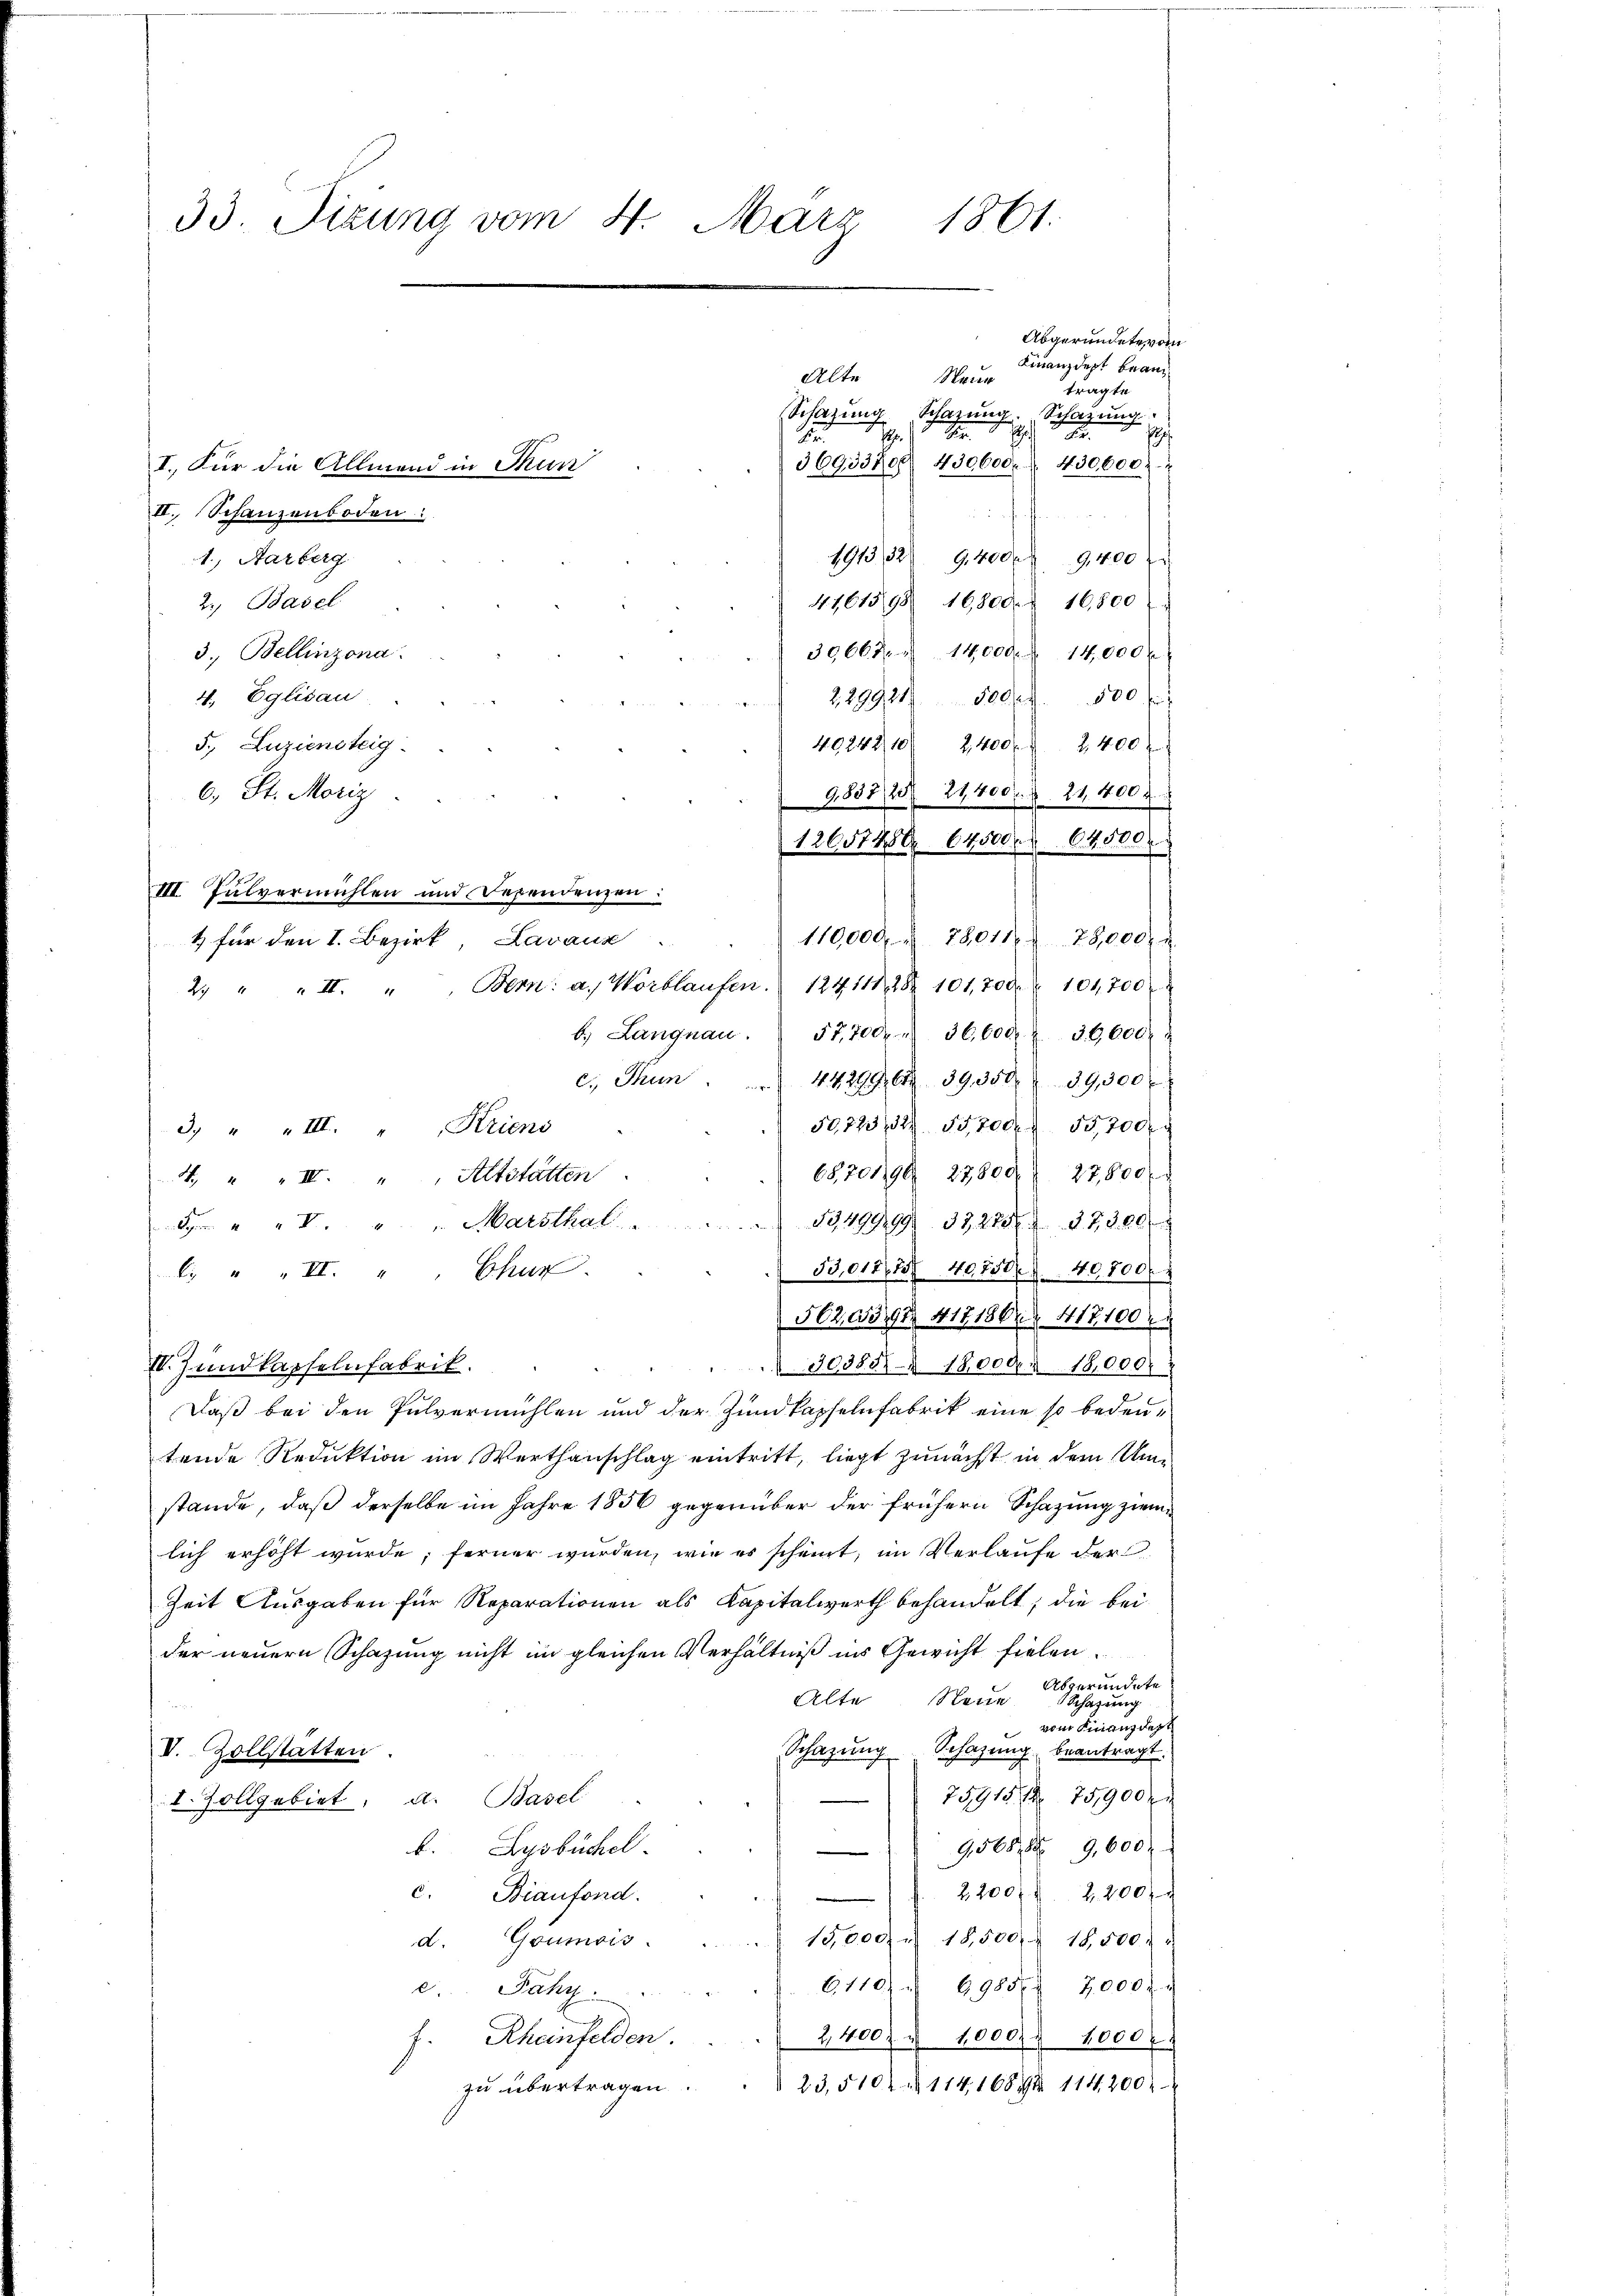
33. Sizung vom 4. März 1861.

1., Aarberg
2 Basel
3. Bellinzona.
4. Eglisau
229924/500 f. 580 f
5., Luziensteig
40242, 10 2400 f 2400
6. St. Moriz
9,852/25/ 21400. d. 21. 400 f
III. Pulvermühlen und Dependenzen:
110,000, 78011. 28,000
b. Langnau. 57,700. 36,600. r. 36,600
c. Thun . . . . . 44299. 64. 39350 § 39,300
50,723,52. 55700. 55,200
3. " " III. " Kriens
6stenge 23809) 27,800 f
4. " " II. " " Altstätten.
5 " " " " Marsthal . . . . 53499199. 33228 87800
53,018/2/40,750. 40,800
b. " " II. " " Chur
562,655/91 417186. 412100
§ 30385. 18000. 18,000
IV. Zundkapselnfabrik.
Daß bei den Pulvermühlen und der Zundkapfelnfabrik eine so bedeutende Reduktion im Werthanschlag eintritt, liegt zunächst in dem Umstände, daß derselbe im Jahre 1856 gegenüber der frühern Schazung ziem
lich erhöht wurde; ferner wurden, wie es scheint, im Verlaufe der
Zeit Ausgaben für Reparationen als Kapitalwerth behandelt; die bei
der neuern Schazung nicht im gleichen Verhältniß in Gewicht fielen.
Abgeründete
Alte
Neue
Schazung
vom Finandest
Schatzŭng Schazung beantragt.
V. Zollstätten.
75915 1 751900
1. Zollgebiet, a. Basel
b. Lysbüchel
95688 9,600 f
2200 f 2200 f
c. Biaufond.
15000. 18500 f 10000.
d. Goumois.
6110. 6985/ 2,000 f
c. Jahr
f. Rheinfelden.
2,400. u 1000. 1000fr.
zu übertragen.
 23,510 n 114, 168. 114. 200

1) für den I. Bezirk, Lavaux

I. Für die Allmend in Thun
II., Schanzenboden

2. " " II. " " Bern: a. Wortlaufen. 124111 282. 101,700. 101,700

.
3693380. 430600. 450000.
191352 9400. 9400
4761598 16800. 16,800
30667. 14,000. 14,000 f

u

Alte Neue
Schazung Schazung. Schazung

12651480. 64500. 64500

Abgeründete vom
Finanzdept beantragte
1